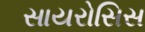
સાયરોસિસ